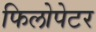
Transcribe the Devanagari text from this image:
फिलोपेटर